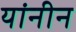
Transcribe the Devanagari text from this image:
यांनीन